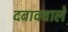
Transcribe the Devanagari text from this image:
दबाववाले